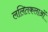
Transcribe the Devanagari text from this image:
ललितकलाओं